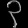
Digit: ၃